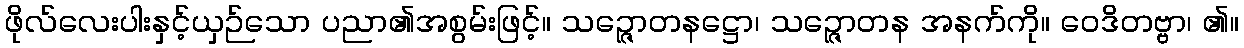
ဖိုလ်လေးပါးနှင့်ယှဉ်သော ပညာ၏အစွမ်းဖြင့်။ သဉ္ဇောတနဋ္ဌော၊ သဉ္ဇောတန အနက်ကို။ ဝေဒိတဗ္ဗာ၊ ၏။